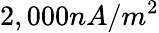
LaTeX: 2,000nA/m^{2}